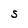
Character: S